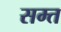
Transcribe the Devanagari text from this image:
सम्त